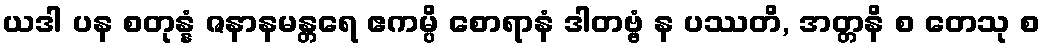
ယဒါ ပန စတုန္နံ ဇနာနမန္တရေ ဧကမ္ပိ စောရာနံ ဒါတဗ္ဗံ န ပဿတိ, အတ္တနိ စ တေသု စ